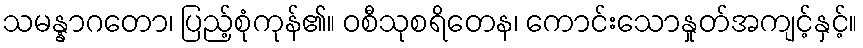
သမန္နာဂတော၊ ပြည့်စုံကုန်၏။ ဝစီသုစရိတေန၊ ကောင်းသောနှုတ်အကျင့်နှင့်။